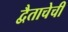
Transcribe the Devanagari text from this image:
द्वैताचेची